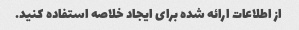
از اطلاعات ارائه شده برای ایجاد خلاصه استفاده کنید.